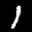
Label: 1